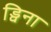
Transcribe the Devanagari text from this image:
ड्विना